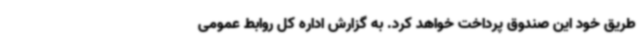
طریق خود این صندوق پرداخت خواهد کرد. به گزارش اداره کل روابط عمومی